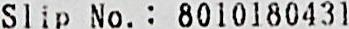
SLIP NO.: 8010180431